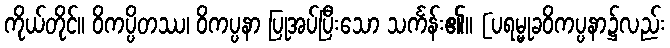
ကိုယ်တိုင်။ ဝိကပ္ပိတဿ၊ ဝိကပ္ပနာ ပြုအပ်ပြီးသော သင်္ကန်း၏။ [ပရမ္မုခဝိကပ္ပနာ၌လည်း